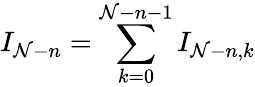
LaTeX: I_{\mathcal{N}-n}=\sum_{k=0}^{\mathcal{N}-n-1}I_{\mathcal{N}-n,k}